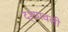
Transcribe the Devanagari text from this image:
द्श्यावली